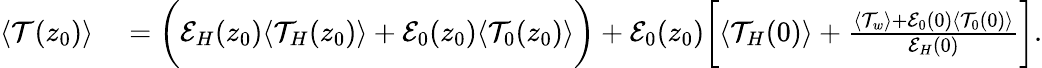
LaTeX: \begin{array}{rl}{\langle\mathcal{T}(z_{0})\rangle}&{{}=\biggl(\mathcal{E}_{H}(z_{0})\langle\mathcal{T}_{H}(z_{0})\rangle+\mathcal{E}_{0}(z_{0})\langle\mathcal{T}_{0}(z_{0})\rangle\biggr)+\mathcal{E}_{0}(z_{0})\biggl[\langle\mathcal{T}_{H}(0)\rangle+\frac{\langle\mathcal{T}_{w}\rangle+\mathcal{E}_{0}(0)\langle\mathcal{T}_{0}(0)\rangle}{\mathcal{E}_{H}(0)}\biggr].}\end{array}